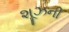
શૂઝની